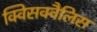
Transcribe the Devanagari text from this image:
क्विसक्वैलिस